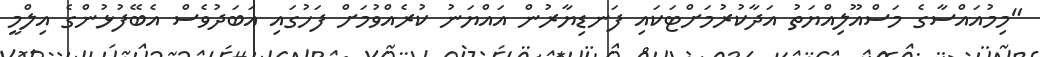
"މިމުއަައްސާގެ މަސްއޫލިއްޔަތު އަދާކުރުމަށްޓަކައި ފަނޑިޔާރުން އައްޔަނު ކުރެއްވުމަށް ފަހުގައި އަބަދުވެސް އެބޭފުޅުންގެ އިލްމީ